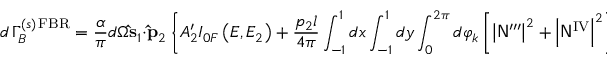
d \, \Gamma _ { B } ^ { ( s ) \, \mathrm { F B R } } = \frac { \alpha } { \pi } d \Omega { \bf \hat { s } } _ { 1 } \cdot { \bf \hat { p } } _ { 2 } \left\{ A _ { 2 } ^ { \prime } I _ { 0 F } \left( E , E _ { 2 } \right) + \frac { p _ { 2 } l } { 4 \pi } \int _ { - 1 } ^ { 1 } d x \int _ { - 1 } ^ { 1 } d y \int _ { 0 } ^ { 2 \pi } d \varphi _ { k } \left[ \left| { \sf N } ^ { \prime \prime \prime } \right| ^ { 2 } + \left| { \sf N } ^ { \mathrm { I V } } \right| ^ { 2 } \right] \right\} .